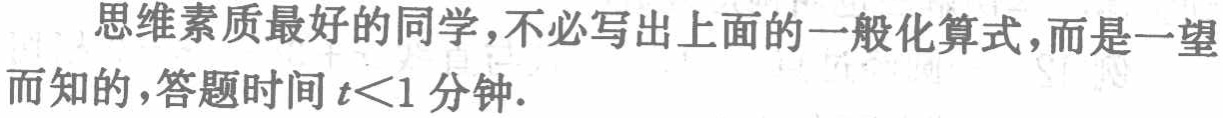
思维素质最好的同学,不必写出上面的一般化算式,而是一望而知的,答题时间\(t<1\)分钟.